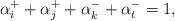
LaTeX: \begin{align*} \alpha_i^{+}+\alpha_j^{+}+\alpha_k^{-}+\alpha_t^{-}=1, \end{align*}